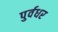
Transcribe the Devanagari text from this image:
पुर्वधर